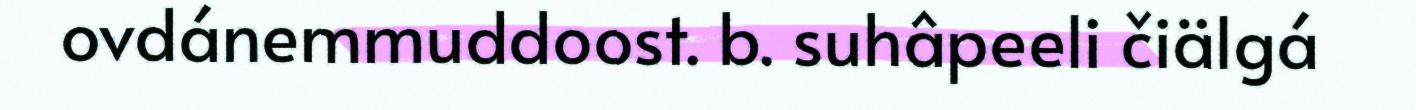
ovdánemmuddoost. b. suhâpeeli čiälgá